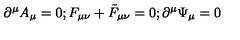
\, \partial ^ { \mu } A _ { \mu } = 0 ; F _ { \mu \nu } + { \tilde { F } } _ { \mu \nu } = 0 ; \partial ^ { \mu } \Psi _ { \mu } = 0